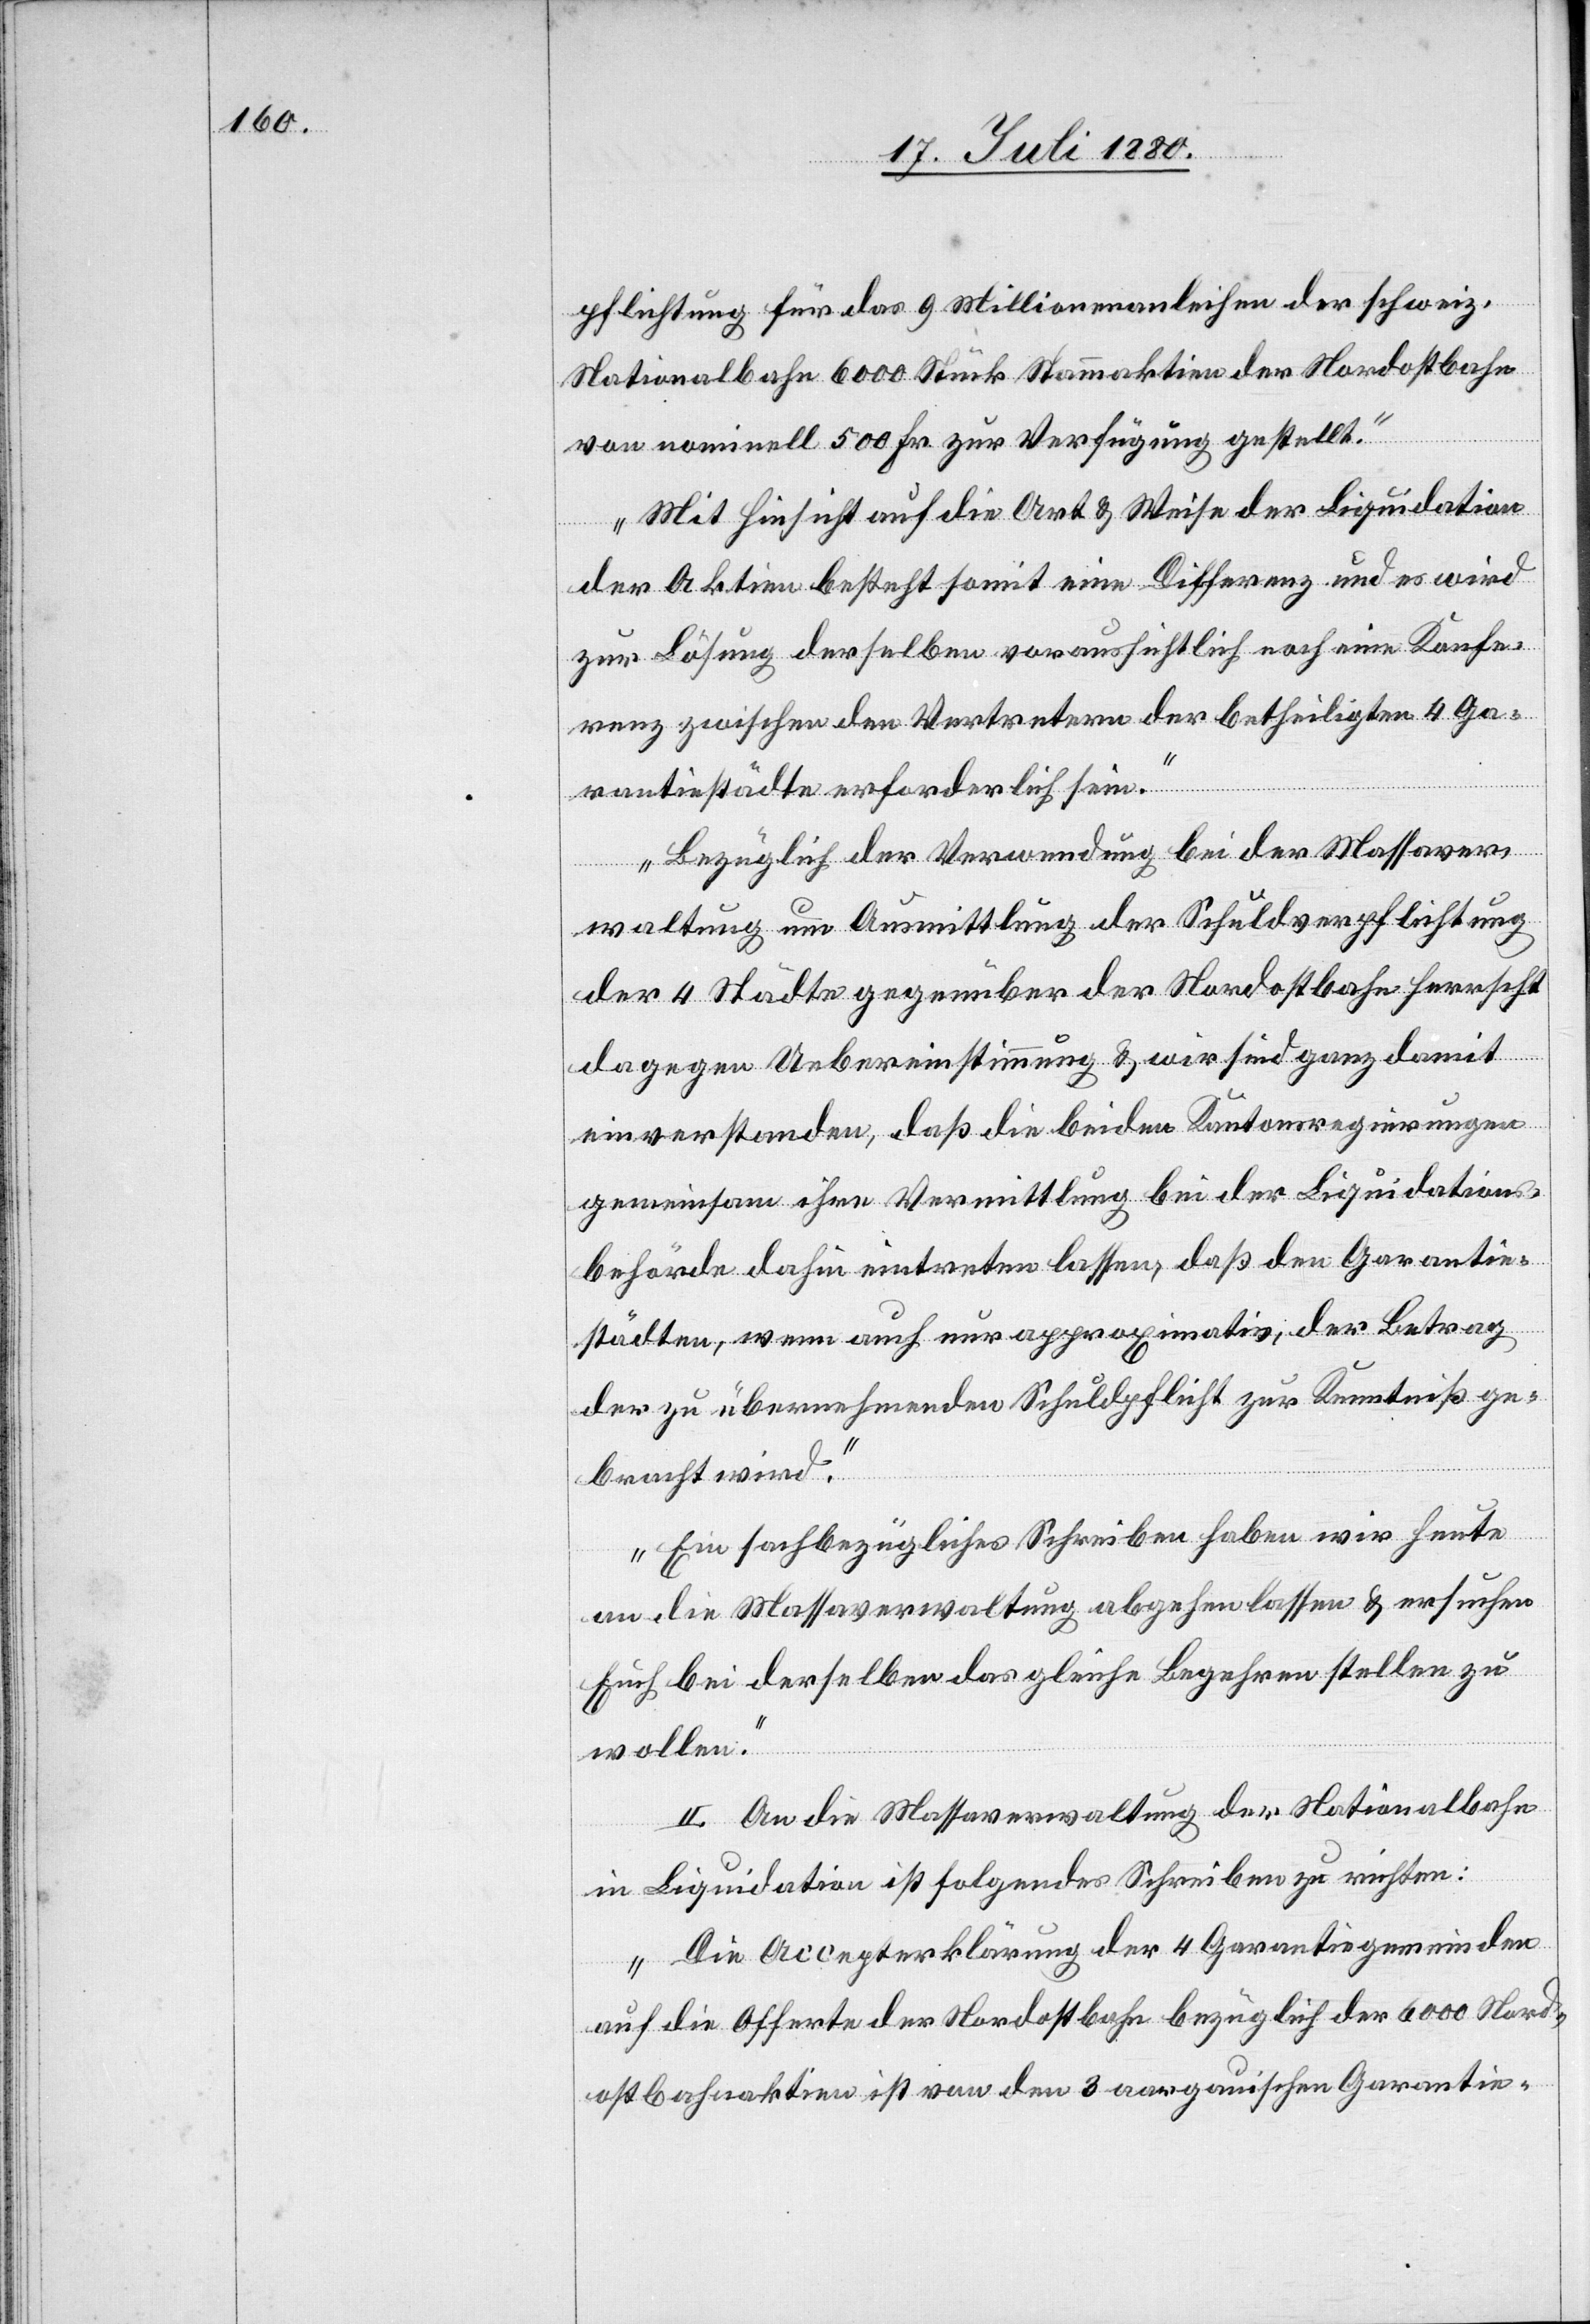
pflichtung für das 9 Millionenanleihen der schweiz.
Nationalbahn 6000 Stück Stammaktien der Nordostbahn
von nominell 500 Fr. zur Verfügung gestellt.
Mit Hinsicht auf die Art & Weise der Liquidation
der Aktien besteht somit eine Differenz und es wird
zur Lösung derselben voraussichtlich noch eine Konfe¬
renz zwischen den Vertretern der betheiligten 4 Ga¬
rantiestädte erforderlich sein.
Bezüglich der Verwendung bei der Massaver¬
waltung um Ausmittlung der Schuldverpflichtung
der 4 Städte gegenüber der Nordostbahn herrscht
dagegen Uebereinstimmung & wir sind ganz damit
einverstanden, daß die beiden Kantonsregierungen
gemeinsam ihre Vermittlung bei der Liquidations¬
behörde dahin eintreten lassen, daß den Garantie¬
städten, wenn auch nur approximativ, der Betrag
der zu übernehmenden Schuldpflicht zur Kenntniß ge¬
bracht wird.
Ein sachbezügliches Schreiben haben wir heute
an die Massaverwaltung abgehen lassen & ersuchen
Euch bei derselben das gleiche Begehren stellen zu
wollen.“
II. An die Massaverwaltung der Nationalbahn
in Liquidation ist folgendes Schreiben zu richten:
„Die Accepterklärung der 4 Garantiegemeinden
auf die Offerte der Nordostbahn bezüglich der 6000 Nord¬
ostbahnaktien ist von den 3 aargauischen Garantie-